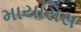
માયસિસ